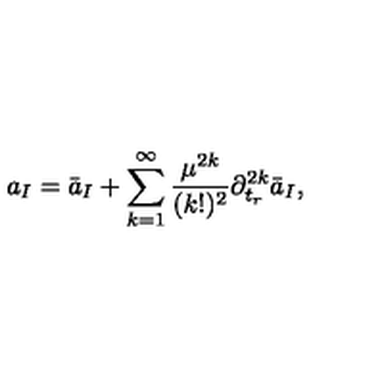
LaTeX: a _ { I } = \bar { a } _ { I } + \sum _ { k = 1 } ^ { \infty } { \frac { \mu ^ { 2 k } } { ( k ! ) ^ { 2 } } } \partial _ { t _ { r } } ^ { 2 k } \bar { a } _ { I } ,